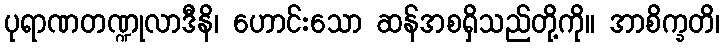
ပုရာဏတဏ္ဍုလာဒီနိ၊ ဟောင်းသော ဆန်အစရှိသည်တို့ကို။ အာစိက္ခတိ၊